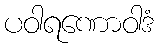
ပဝါရဏောဝါဒံ